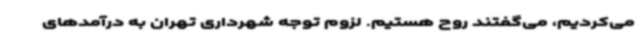
می‌کردیم، می‌گفتند روح هستیم. لزوم توجه شهرداری تهران به درآمدهای